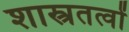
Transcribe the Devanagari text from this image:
शास्त्रतत्वों